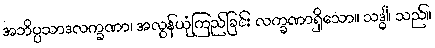
အဘိပ္ပသာဒလက္ခဏာ၊ အလွန်ယုံကြည်ခြင်း လက္ခဏာရှိသော။ သဒ္ဓါ၊ သည်။